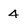
Character: 4